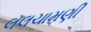
લલચામણી